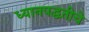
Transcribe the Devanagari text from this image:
ध्यानपद्धतीचे